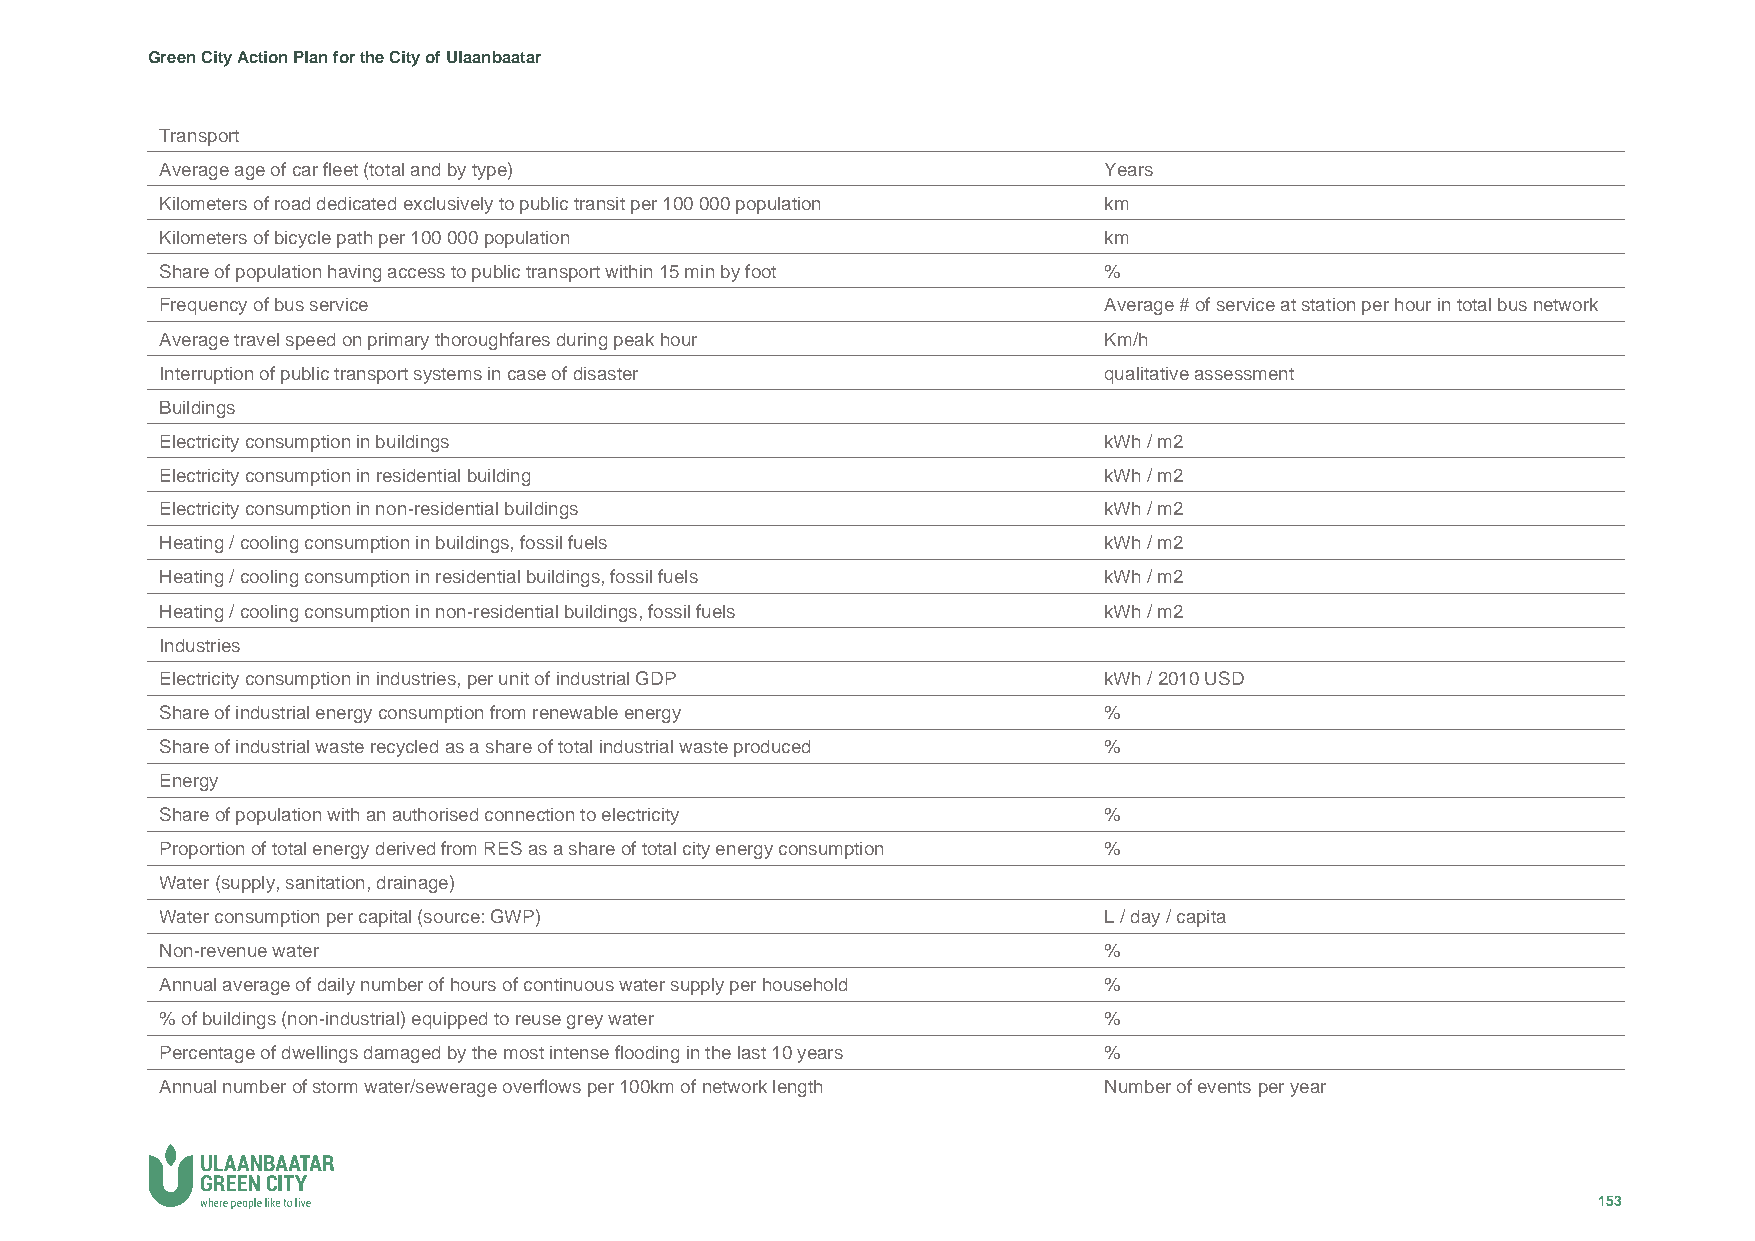
Green City Action Plan for the City of Ulaanbaatar
 Transport
 Average age of car fleet (total and by type)                  Years
 Kilometers of road dedicated exclusively to public transit per 100 000 population km
 Kilometers of bicycle path per 100 000 population             km
 Share of population having access to public transport within 15 min by foot %
 Frequency of bus service                                      Average # of service at station per hour in total bus network
 Average travel speed on primary thoroughfares during peak hour Km/h
 Interruption of public transport systems in case of disaster  qualitative assessment
 Buildings
 Electricity consumption in buildings                          kWh / m2
 Electricity consumption in residential building               kWh / m2
 Electricity consumption in non-residential buildings          kWh / m2
 Heating / cooling consumption in buildings, fossil fuels      kWh / m2
 Heating / cooling consumption in residential buildings, fossil fuels kWh / m2
 Heating / cooling consumption in non-residential buildings, fossil fuels kWh / m2
 Industries
 Electricity consumption in industries, per unit of industrial GDP kWh / 2010 USD
 Share of industrial energy consumption from renewable energy  %
 Share of industrial waste recycled as a share of total industrial waste produced %
 Energy
 Share of population with an authorised connection to electricity %
 Proportion of total energy derived from RES as a share of total city energy consumption %
 Water (supply, sanitation, drainage)
 Water consumption per capital (source: GWP)                   L / day / capita
 Non-revenue water                                             %
 Annual average of daily number of hours of continuous water supply per household %
 % of buildings (non-industrial) equipped to reuse grey water  %
 Percentage of dwellings damaged by the most intense flooding in the last 10 years %
 Annual number of storm water/sewerage overflows per 100km of network length Number of events per year
 153